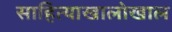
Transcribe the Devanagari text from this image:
साहित्याखालोखाल